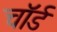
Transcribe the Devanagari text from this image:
चॉर्ड